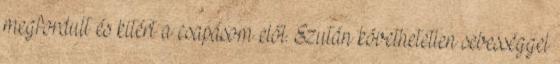
megfordult és kitért a csapásom elől. Ezután követhetetlen sebességgel